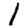
Digit: 1